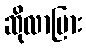
ဆိုလာပြား